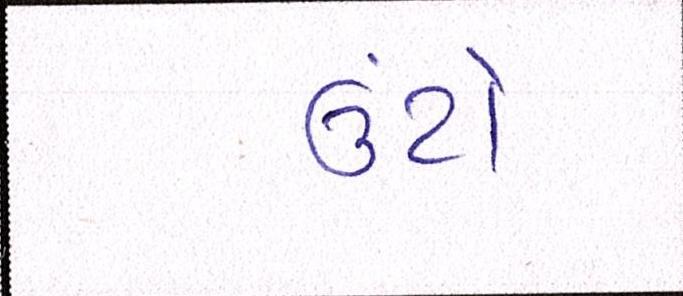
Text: ઉંટો